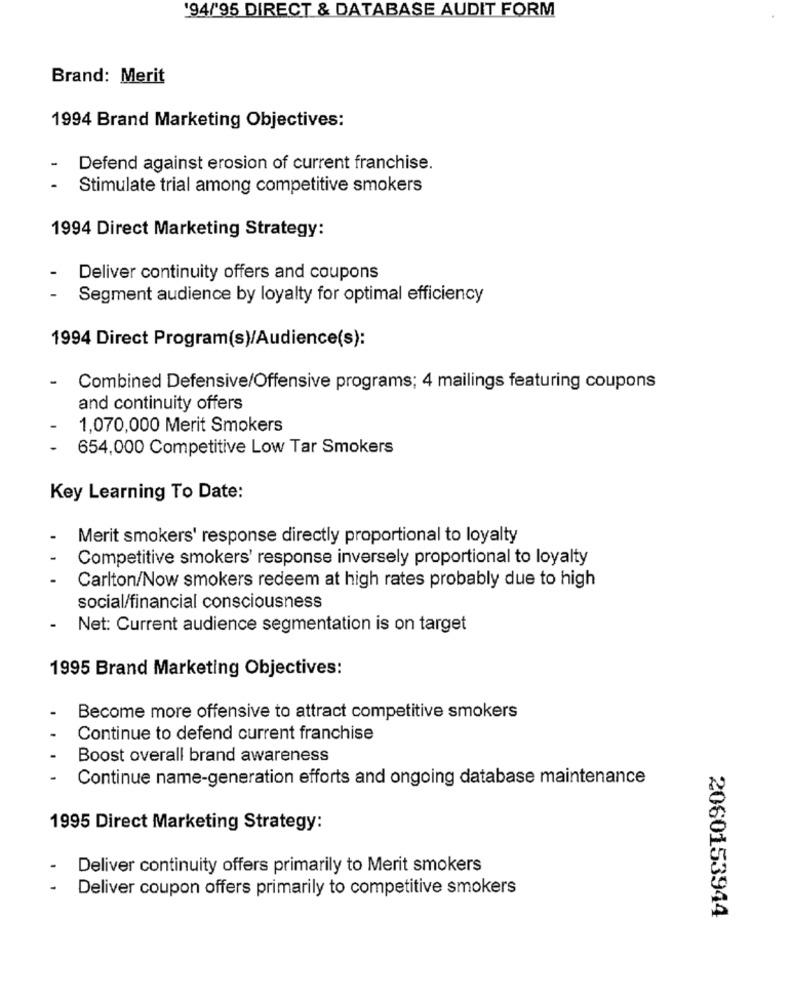
'94/'95 DIRECT & DATABASE AUDIT FORM
Brand: Merit
1994 Brand Marketing Objectives:
Defend against erosion of current franchise.
Stimulate trial among competitive smokers
1994 Direct Marketing Strategy:
Deliver continuity offers and coupons
Segment audience by loyalty for optimal efficiency
1994 Direct Program(s)/Audience(s):
- Combined Defensive/Offensive programs; 4 mailings featuring coupons
and continuity offers
1,070,000 Merit Smokers
654,000 Competitive Low Tar Smokers
Key Learning To Date:
Merit smokers' response directly proportional to loyalty
Competitive smokers' response inversely proportional to loyalty
Carlton/Now smokers redeem at high rates probably due to high
social/financial consciousness
Net: Current audience segmentation is on target
1995 Brand Marketing Objectives:
Become more offensive to attract competitive smokers
Continue to defend current franchise
Boost overall brand awareness
Continue name-generation efforts and ongoing database maintenance
1995 Direct Marketing Strategy:
Deliver continuity offers primarily to Merit smokers
Deliver coupon offers primarily to competitive smokers
2060153944